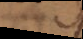
s